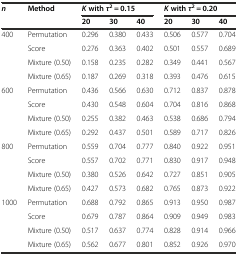
<table><thead><tr><td rowspan="2"><b><i>n</i></b></td><td rowspan="2"><b>Method</b></td><td colspan="3"><b><i>K</i>with<i>τ</i><sup>2</sup> <i>=</i> 0.15</b></td><td colspan="3"><b><i>K</i>with<i>τ</i><sup>2</sup> <i>=</i> 0.20</b></td></tr><tr><td><b>20</b></td><td><b>30</b></td><td><b>40</b></td><td><b>20</b></td><td><b>30</b></td><td><b>40</b></td></tr></thead><tbody><tr><td>400</td><td>Permutation</td><td>0.296</td><td>0.380</td><td>0.433</td><td>0.506</td><td>0.577</td><td>0.704</td></tr><tr><td></td><td>Score</td><td>0.276</td><td>0.363</td><td>0.402</td><td>0.501</td><td>0.557</td><td>0.689</td></tr><tr><td></td><td>Mixture (0.50)</td><td>0.158</td><td>0.235</td><td>0.282</td><td>0.349</td><td>0.441</td><td>0.567</td></tr><tr><td></td><td>Mixture (0.65)</td><td>0.187</td><td>0.269</td><td>0.318</td><td>0.393</td><td>0.476</td><td>0.615</td></tr><tr><td>600</td><td>Permutation</td><td>0.436</td><td>0.566</td><td>0.630</td><td>0.712</td><td>0.837</td><td>0.878</td></tr><tr><td></td><td>Score</td><td>0.430</td><td>0.548</td><td>0.604</td><td>0.704</td><td>0.816</td><td>0.868</td></tr><tr><td></td><td>Mixture (0.50)</td><td>0.255</td><td>0.382</td><td>0.463</td><td>0.538</td><td>0.686</td><td>0.794</td></tr><tr><td></td><td>Mixture (0.65)</td><td>0.292</td><td>0.437</td><td>0.501</td><td>0.589</td><td>0.717</td><td>0.826</td></tr><tr><td>800</td><td>Permutation</td><td>0.559</td><td>0.704</td><td>0.777</td><td>0.840</td><td>0.922</td><td>0.951</td></tr><tr><td></td><td>Score</td><td>0.557</td><td>0.702</td><td>0.771</td><td>0.830</td><td>0.917</td><td>0.948</td></tr><tr><td></td><td>Mixture (0.50)</td><td>0.380</td><td>0.526</td><td>0.642</td><td>0.727</td><td>0.851</td><td>0.905</td></tr><tr><td></td><td>Mixture (0.65)</td><td>0.427</td><td>0.573</td><td>0.682</td><td>0.765</td><td>0.873</td><td>0.922</td></tr><tr><td>1000</td><td>Permutation</td><td>0.688</td><td>0.792</td><td>0.865</td><td>0.913</td><td>0.950</td><td>0.987</td></tr><tr><td></td><td>Score</td><td>0.679</td><td>0.787</td><td>0.864</td><td>0.909</td><td>0.949</td><td>0.983</td></tr><tr><td></td><td>Mixture (0.50)</td><td>0.517</td><td>0.637</td><td>0.774</td><td>0.828</td><td>0.914</td><td>0.966</td></tr><tr><td></td><td>Mixture (0.65)</td><td>0.562</td><td>0.677</td><td>0.801</td><td>0.852</td><td>0.926</td><td>0.970</td></tr></tbody></table>